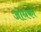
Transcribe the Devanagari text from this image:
जोधका